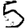
Digit: 5